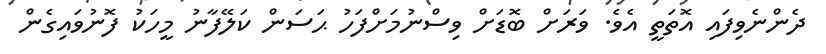
ދެންނެވިފައި އޮތަތީ އެވެ. ވަރަށް ބޮޑަށް ވިސްނުމަށްފަހު ޙަސަން ކަލޭފާނު މީހަކު ފޮނުވައިގެން